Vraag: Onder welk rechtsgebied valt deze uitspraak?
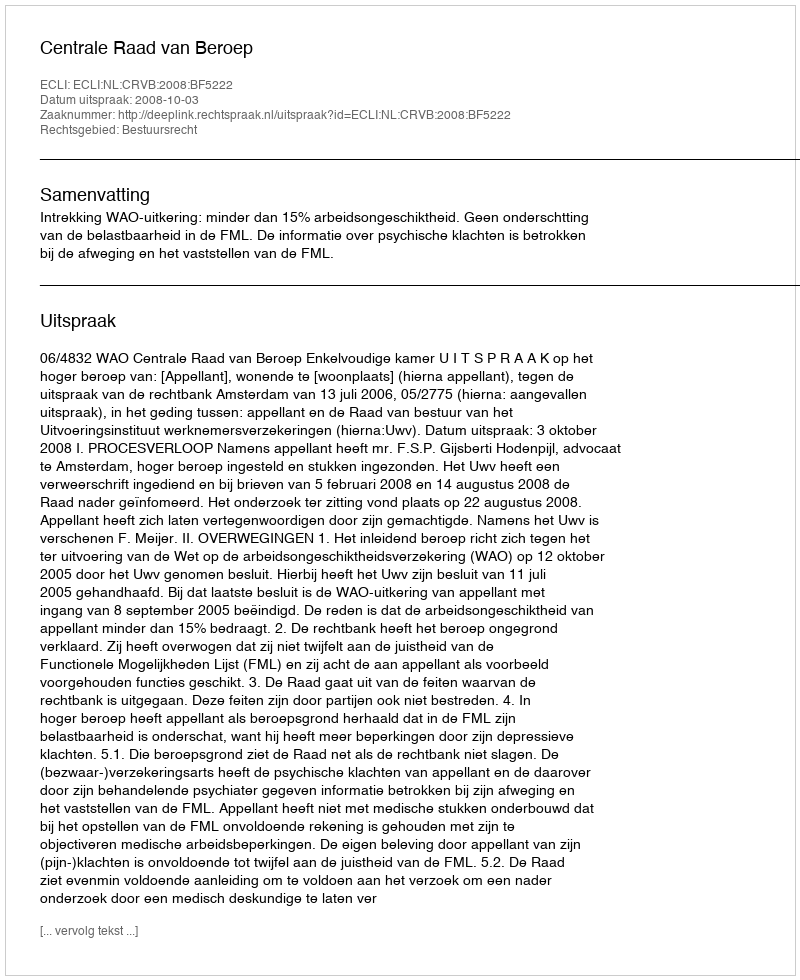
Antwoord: Bestuursrecht